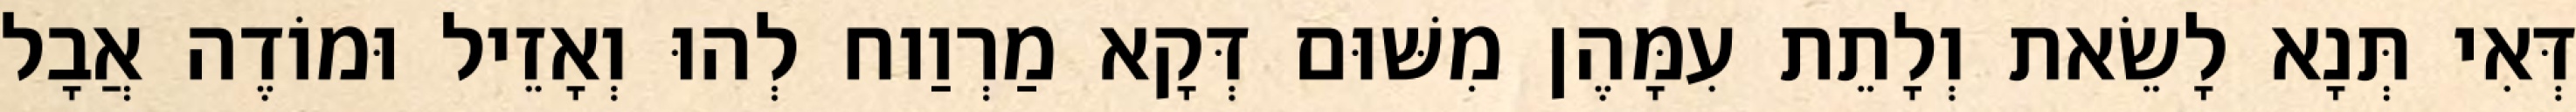
דְּאִי תְּנָא לָשֵׂאת וְלָתֵת עִמָּהֶן מִשּׁוּם דְּקָא מַרְוַוח לְהוּ וְאָזֵיל וּמוֹדֶה אֲבָל